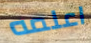
اعلمه